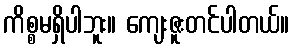
ကိစ္စမရှိပါဘူး။ ကျေးဇူးတင်ပါတယ်။